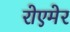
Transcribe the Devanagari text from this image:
रोएमेर